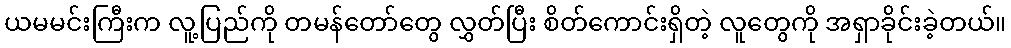
ယမမင်းကြီးက လူ့ပြည်ကို တမန်တော်တွေ လွှတ်ပြီး စိတ်ကောင်းရှိတဲ့ လူတွေကို အရှာခိုင်းခဲ့တယ်။